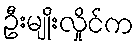
ဦးမျိုးလှိုင်က